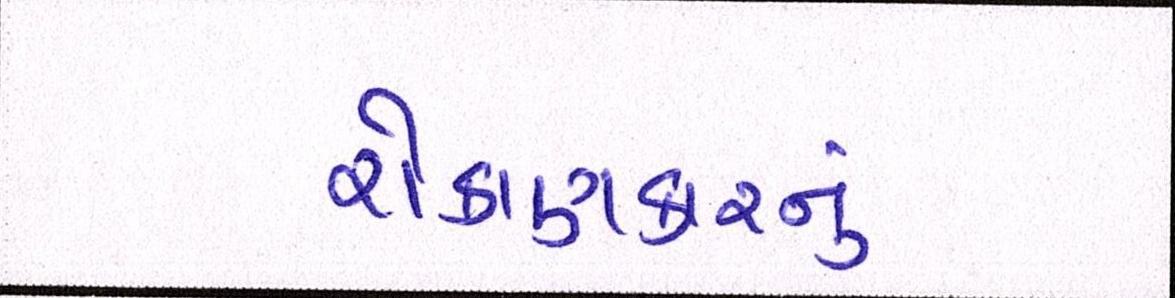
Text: રોકાણકારનું